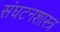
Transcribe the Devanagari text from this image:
संघटनशास्त्र